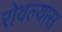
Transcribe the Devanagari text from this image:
रोवल्यास